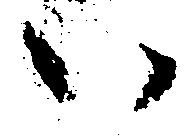
い